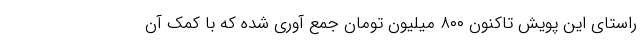
راستای این پویش تاکنون ۸۰۰ میلیون تومان جمع آوری شده که با کمک آن